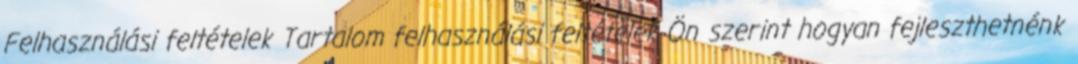
Felhasználási feltételek Tartalom felhasználási feltételek Ön szerint hogyan fejleszthetnénk